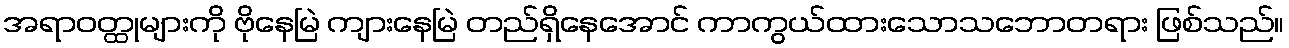
အရာဝတ္ထုများကို ဗိုနေမြဲ ကျားနေမြဲ တည်ရှိနေအောင် ကာကွယ်ထားသောသဘောတရား ဖြစ်သည်။